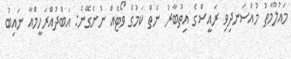
މައުލޫމާތު މުއްސަނދިވި ރައީސްގެ އިތުބާރު ނެތް ކަމުގެ ވޯޓެއް ނުނެގޭނެ: އަބްދުއްރަހީމްއާ ނައިބު